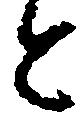
と